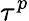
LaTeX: \tau^{p}